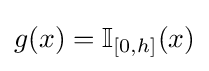
g(x)=\mathbb {I} _{[0,h]}(x)